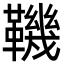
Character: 鞿